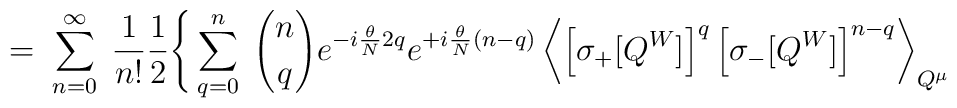
= \; \sum_{n=0}^\infty \; \frac{1}{n!} \frac{1}{2} \Bigg\{\sum_{q=0}^n \; { n \choose q} e^{-i\frac{\theta}{N}2 q}e^{+i\frac{\theta}{N}(n-q)}\left\langle \left[ \sigma_+[Q^W] \right]^q\left[ \sigma_-[Q^W] \right]^{n-q} \right\rangle_{Q^\mu}